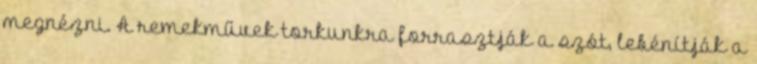
megnézni. A remekművek torkunkra forrasztják a szót, lebénítják a